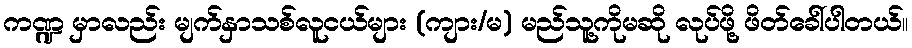
ကဏ္ဍ မှာလည်း မျက်နှာသစ်လူငယ်များ (ကျား/မ) မည်သူ့ကိုမဆို လုပ်ဖို့ ဖိတ်ခေါ်ပါတယ်။